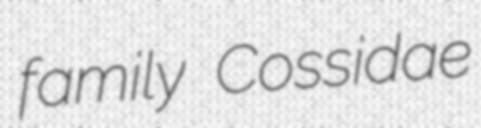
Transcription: family Cossidae